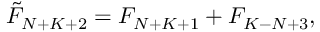
\tilde { F } _ { N + K + 2 } = F _ { N + K + 1 } + F _ { K - N + 3 } ,